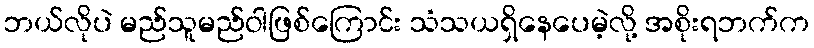
ဘယ်လိုပဲ မည်သူမည်ဝါဖြစ်ကြောင်း သံသယရှိနေပေမဲ့လို့ အစိုးရဘက်က